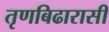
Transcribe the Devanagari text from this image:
तृणबिढारासी